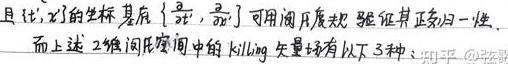
且 \(t,x\) 的坐标基底 \(\{\frac{\partial}{\partial t},\frac{\partial}{\partial x}\}\) 可用闵氏度规验证其正交归一性。而上述 2 维闵氏空间中的 Killing 矢量场有以下 3 种：知乎 @张驶